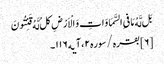
بَل لَّهُ مَا فیِ السَّمَاوَاتِ وَ الْاَرْضِ کلُ‌ لَّهُ قَنِتُونَ ‌
[۶] بقره/سوره۲، آیه۱۱۶۔